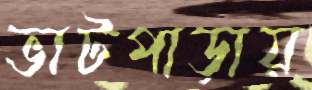
ভাটপাড়ায়